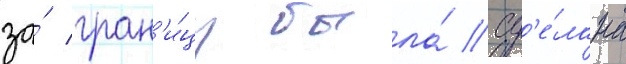
за́ гран'и́цу была́ сд'е́лана